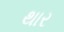
થાર